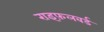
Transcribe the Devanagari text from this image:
राइफ़लबर्ड